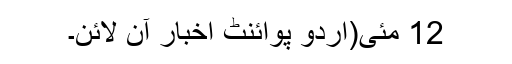
12 مئی(اُردو پوائنٹ اخبار آن لائن۔